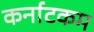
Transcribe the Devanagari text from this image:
कर्नाटकम